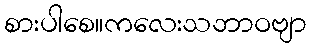
စားပါစေ။ကလေးသဘာဝဗျာ